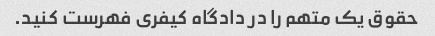
حقوق یک متهم را در دادگاه کیفری فهرست کنید.